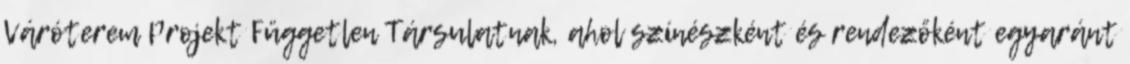
Váróterem Projekt Független Társulatnak, ahol színészként és rendezőként egyaránt